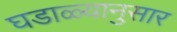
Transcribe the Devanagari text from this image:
घडाळ्यानुसार